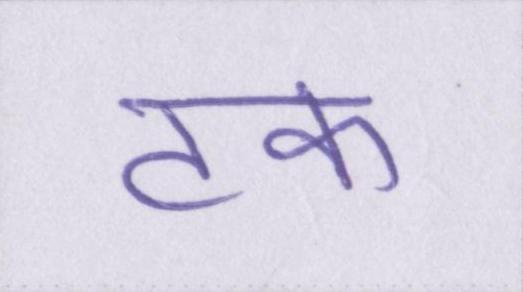
टक